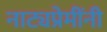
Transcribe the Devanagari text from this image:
नाट्यप्रेमींनी